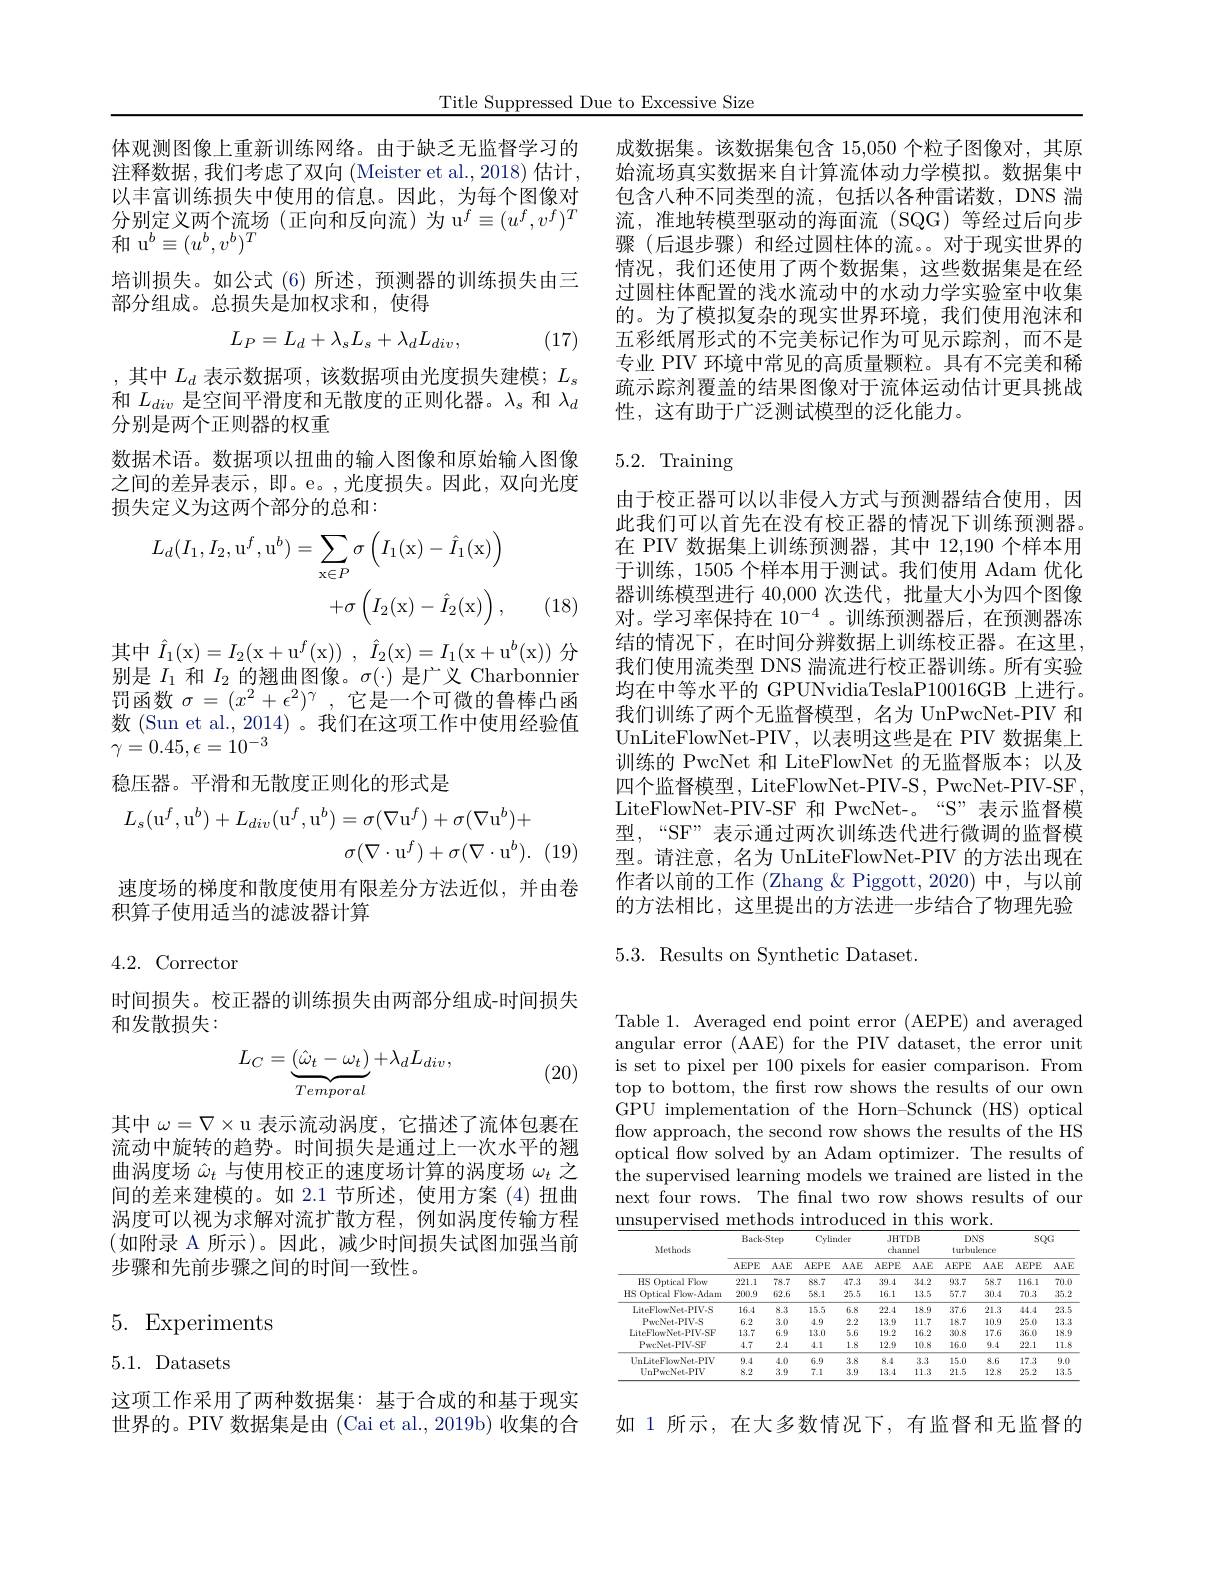
Title Suppressed Due to Excessive Size

体观测图像上重新训练网络。由于缺乏无监督学习的注释数据，我们考虑了双向(Meister et al., 2018) 估计， 以丰富训练损失中使用的信息。因此，为每个图像对分别定义两个流场(正向和反向流)为 u$^f\equiv(u^f,v^f)^T$ 和 u$^b\equiv(u^b,v^b)^T$
培训损失。如公式(6)所述，预测器的训练损失由三
部分组成。总损失是加权求和，使得
$$L_P=L_d+\lambda_sL_s+\lambda_dL_{div},$$
(17)

,其中$L_d$表示数据项，该数据项由光度损失建模；$L_s$ 和$L_{div}$是空间平滑度和无散度的正则化器。$\lambda_s$和$\lambda_d$ 分别是两个正则器的权重
数据术语。数据项以扭曲的输入图像和原始输入图像之间的差异表示，即。e。,光度损失。因此，双向光度损失定义为这两个部分的总和：
$$\begin{aligned}L_{d}(I_{1},I_{2},\mathrm{u}^{f},\mathrm{u}^{b})&=\sum_{\mathrm{x}\in P}\sigma\left(I_{1}(\mathrm{x})-\hat{I}_{1}(\mathrm{x})\right)\\&+\sigma\left(I_{2}(\mathrm{x})-\hat{I}_{2}(\mathrm{x})\right),\end{aligned}$$
(18)

其中$\hat{I}_{1}($x$)=I_{2}($x+u$^f($x)) , $\hat{I} _{2}($x$)=I_{1}($x+u$^b($x))分别是$I_1$和$I_2$的翘曲图像。$\sigma(\cdot)$是广义 Charbonnier 罚函数$\sigma=(x^2+\epsilon^2)^\gamma$,它是一个可微的鲁棒凸函数 (Sun et al., 2014) 。我们在这项工作中使用经验值$\gamma=0.45,\epsilon=10^{-3}$
稳压器。平滑和无散度正则化的形式是
$$\begin{aligned}L_{s}(\mathrm{u}^{f},\mathrm{u}^{b})+L_{div}(\mathrm{u}^{f},\mathrm{u}^{b})&=\sigma(\nabla\mathrm{u}^{f})+\sigma(\nabla\mathrm{u}^{b})+\\&\sigma(\nabla\cdot\mathrm{u}^{f})+\sigma(\nabla\cdot\mathrm{u}^{b}).\end{aligned}$$
速度场的梯度和散度使用有限差分方法近似，并由卷
积算子使用适当的滤波器计算

4.2.Corrector

时间损失。校正器的训练损失由两部分组成-时间损失
和发散损失：
$$L_C=\underbrace{(\hat{\omega}_t-\omega_t)}_{Temporal}+\lambda_dL_{div},$$
(20)

其中$\omega=\nabla\times$ u 表示流动涡度，它描述了流体包裹在流动中旋转的趋势。时间损失是通过上一次水平的翘曲涡度场$\hat{\omega}_t$与使用校正的速度场计算的涡度场$\omega_t$之间的差来建模的。如 2.1 节所述，使用方案 (4)扭曲涡度可以视为求解对流扩散方程，例如涡度传输方程(如附录 A 所示)。因此，减少时间损失试图加强当前步骤和先前步骤之间的时间一致性。

5. Experiments

5.1. Datasets

这项工作采用了两种数据集：基于合成的和基于现实世界的。PIV 数据集是由 (Cai et al., 2019b) 收集的合

成数据集。该数据集包含 15,050 个粒子图像对，其原始流场真实数据来自计算流体动力学模拟。数据集中包含八种不同类型的流，包括以各种雷诺数，DNS 湍流，准地转模型驱动的海面流(SQG)等经过后向步骤(后退步骤)和经过圆柱体的流。。对于现实世界的情况，我们还使用了两个数据集，这些数据集是在经过圆柱体配置的浅水流动中的水动力学实验室中收集的。为了模拟复杂的现实世界环境，我们使用泡沫和五彩纸屑形式的不完美标记作为可见示踪剂，而不是专业 PIV 环境中常见的高质量颗粒。具有不完美和稀疏示踪剂覆盖的结果图像对于流体运动估计更具挑战性，这有助于广泛测试模型的泛化能力。

# 5.2. Training

由于校正器可以以非侵人方式与预测器结合使用，因此我们可以首先在没有校正器的情况下训练预测器。在 PIV 数据集上训练预测器，其中 12,190 个样本用于训练，1505 个样本用于测试。我们使用 Adam 优化器训练模型进行 40,000 次迭代，批量大小为四个图像对。学习率保持在$10^{-4}$ 。训练预测器后，在预测器冻结的情况下，在时间分辨数据上训练校正器。在这里， 我们使用流类型 DNS 湍流进行校正器训练。所有实验均在中等水平的 GPUNvidiaTeslaP10016GB 上进行。我们训练了两个无监督模型，名为 UnPwcNet-PIV 和UnLiteFlowNet-PIV,以表明这些是在 PIV 数据集上训练的 PwcNet 和 LiteFlowNet 的无监督版本；以及四个监督模型，LiteFlowNet-PIV-S, PwcNet-PIV-SF, LiteFlowNet-PIV-SF 和 PwcNet-。“S”表示监督模型，“SF”表示通过两次训练迭代进行微调的监督模型。请注意，名为 UnLiteFlowNet-PIV 的方法出现在作者以前的工作 (Zhang &Piggott,2020) 中，与以前的方法相比，这里提出的方法进一步结合了物理先验

## 5.3. Results on Synthetic Dataset.

Table 1. Averaged end point error (AEPE) and averaged angular error (AAE) for the PIV dataset, the error unit is set to pixel per 100 pixels for easier comparison. From top to bottom, the first row shows the results of our own GPU implementation of the Horn-Schunck (HS) optical flow approach, the second row shows the results of the HS optical fow solved by an Adam optimizer. The results of the supervised learning models we trained are listed in the next four rows. The fnal two row shows results of our unsupervised methods introduced in this work

<table>
	<tbody>
		<tr>
			<th rowspan="2">Methads</th>
			<th colspan="2">Back-Step</th>
			<th colspan="2">Cylinder</th>
			<th colspan="2">JHTDB channel</th>
			<th colspan="2">DNS turbulence</th>
			<th colspan="2">$SQG$</th>
		</tr>
		<tr>
			<th>AEPE</th>
			<th>$AAE$</th>
			<th>$AEPE$</th>
			<th>$AAE$</th>
			<th>AEPE</th>
			<th>$AAE$</th>
			<th>$AEPE$</th>
			<th>$AAE$</th>
			<th>AEPE</th>
			<th>$AAE$</th>
		</tr>
		<tr>
			<td>HS Optical Flow</td>
			<td>221.1</td>
			<td>78.7</td>
			<td>88.7</td>
			<td>47.3</td>
			<td>39.4</td>
			<td>34.2</td>
			<td>93.7</td>
			<td>58.7</td>
			<td>116.1</td>
			<td>70.0</td>
		</tr>
		<tr>
			<td>HS Optical Flow-Adam</td>
			<td>200.9</td>
			<td>62.6</td>
			<td>58.1</td>
			<td>25.5</td>
			<td>16.1</td>
			<td>13.5</td>
			<td>57.7</td>
			<td>30.4</td>
			<td>70.3</td>
			<td>35.2</td>
		</tr>
		<tr>
			<td>LiteFlowNet-PIV.S</td>
			<td>16.4</td>
			<td>8.3</td>
			<td>15.5</td>
			<td>6.8</td>
			<td>22.4</td>
			<td>18.9</td>
			<td>37.6</td>
			<td>21.3</td>
			<td>44.4</td>
			<td>23.5</td>
		</tr>
		<tr>
			<td>PweNet- PIV- S</td>
			<td>6.2</td>
			<td>3.0</td>
			<td>4.9</td>
			<td>2.2</td>
			<td>13.9</td>
			<td>11.7</td>
			<td>18.7</td>
			<td>10.9</td>
			<td>25.0</td>
			<td>13.3</td>
		</tr>
		<tr>
			<td>LiteFlowNet-PIV-SF</td>
			<td>13.7</td>
			<td>6.9</td>
			<td>13.0</td>
			<td>5.6</td>
			<td>19.2</td>
			<td>16.2</td>
			<td>30.8</td>
			<td>17.6</td>
			<td>36.0</td>
			<td>18.9</td>
		</tr>
		<tr>
			<td>PucNet- PIV- SF</td>
			<td>4.7</td>
			<td>2.4</td>
			<td>4.1</td>
			<td>1.8</td>
			<td>12.9</td>
			<td>10.8</td>
			<td>16.0</td>
			<td>9.4</td>
			<td>22.1</td>
			<td>11.8</td>
		</tr>
		<tr>
			<td>$UnLiteFbwNet-PIV$</td>
			<td>9.4</td>
			<td>4.0</td>
			<td>6.9</td>
			<td>3.8</td>
			<td>8.4</td>
			<td>3.3</td>
			<td>15.0</td>
			<td>8.6</td>
			<td>17.3</td>
			<td>9.0</td>
		</tr>
		<tr>
			<td>UnPwcNet-PIV</td>
			<td>8.2</td>
			<td>3.9</td>
			<td>7.1</td>
			<td>3.9</td>
			<td>13.4</td>
			<td>11.3</td>
			<td>21.5</td>
			<td>12.8</td>
			<td>25.2</td>
			<td>13.5</td>
		</tr>
	</tbody>
</table>

如 1 所示，在大多数情况下，有监督和无监督的